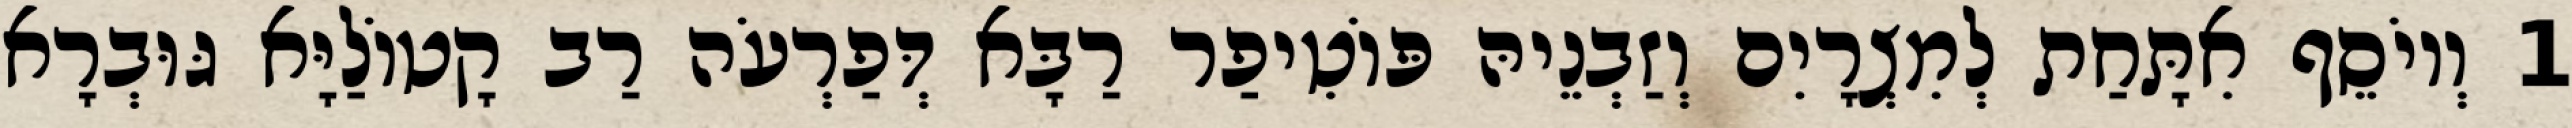
1 וְיוֹסֵף אִתָּחַת לְמִצְרָיִם וְזַבְנֵיהּ פּוֹטִיפַר רַבָּא דְּפַרְעֹה רַב קָטוֹלַיָּא גּוּבְרָא